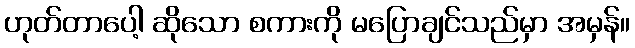
ဟုတ်တာပေါ့ ဆိုသော စကားကို မပြောချင်သည်မှာ အမှန်။